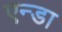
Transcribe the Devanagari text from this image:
एन्डा